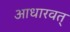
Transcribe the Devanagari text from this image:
आधारवत्